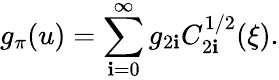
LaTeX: g_{\pi}(u)=\sum_{\mathbf{i}=0}^{\infty}g_{2\mathbf{i}}C_{2\mathbf{i}}^{1/2}(\xi).